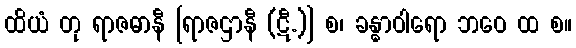
ထိယံ တု ရာဇဓာနီ [ရာဇဌာနီ (ဋီ.)] စ၊ ခန္ဓာဝါရော ဘဝေ ထ စ။